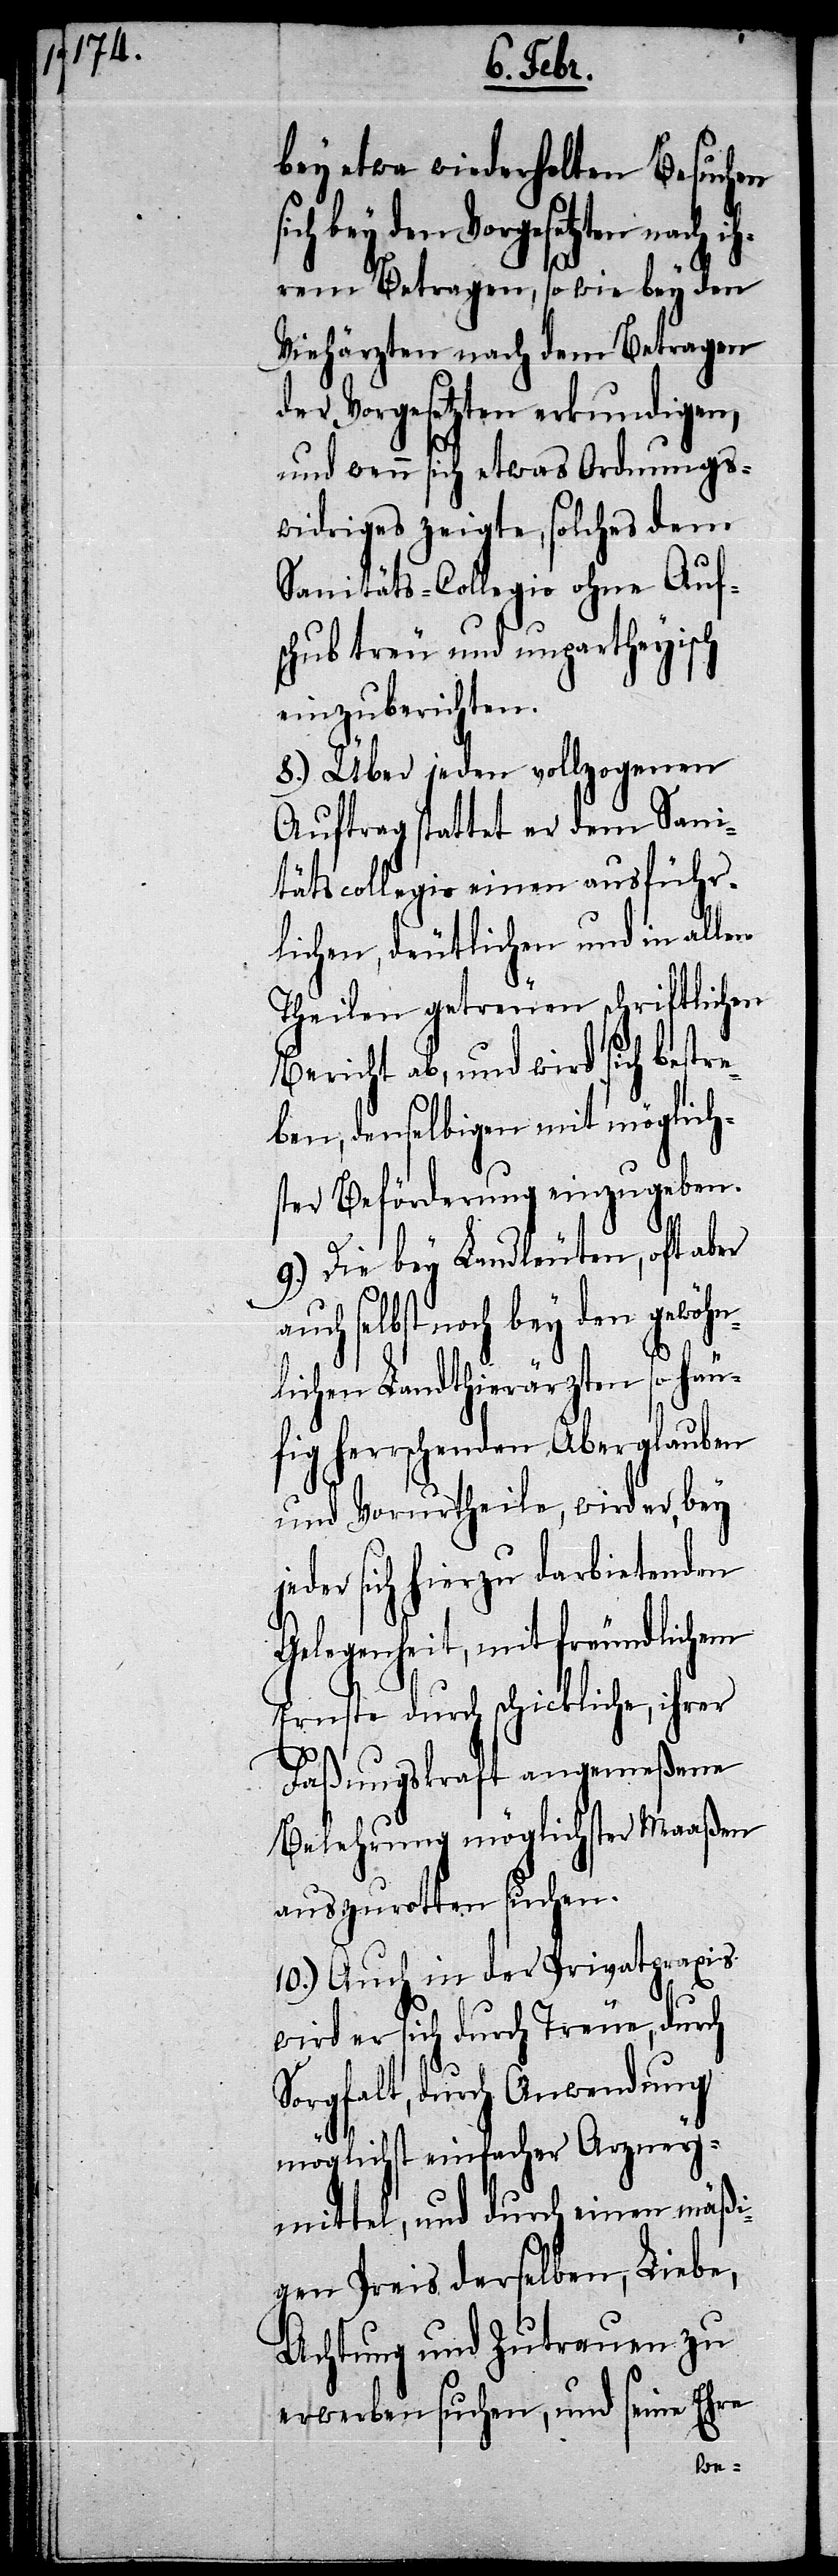
bey etwa wiederholten Besuchen
ich bey den Vorgesetzten nach ih¬
rem Betragen, so wie bey den
Viehärzten nach dem Betragen
der Vorgesetzten erkundigen,
und wenn sich etwas Ordnungs¬
widriges zeigte, solches dem
Sanitäts-Collegio ohne Auf¬
schub treu und unpartheyisch
einzuberichten.
8.) Über jeden vollzogenen
Auftrag stattet er dem Sani¬
tätscollegio einen ausführ¬
lichen, deutlichen und in allen
Theilen getreuen schriftlichen
Bericht ab, und wird sich bestre¬
ben, denselbigen mit möglich¬
ster Beförderung einzugeben.
9.) Die bey Landleuten, oft aber
uch selbst noch bey den gewöhn¬
lichen Landthierärzten so häu¬
fig herrschenden Aberglauben
jeder sich hierzu darbietenden
Gelegenheit, mit freundlichem
Ernste durch schickliche, ihrer
Faßungskraft angemeßene
Belehrung möglichster Maaßen
auszurotten suchen.
10.) Auch in der Privatpraxis
wird er sich durch Treue, durch
Sorgfalt, durch Anwendung
möglichst einfacher Arzney¬
mittel, und durch einen mäßi¬
gen Preis derselben, Liebe,
Achtung und Zutrauen zu
erwerben suchen, und seine Ehre
a¬